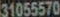
31055570